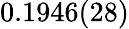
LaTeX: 0.1946(28)